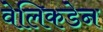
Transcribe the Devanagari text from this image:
वेलिकडेन